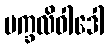
မက္ခလိဝါဒေါ